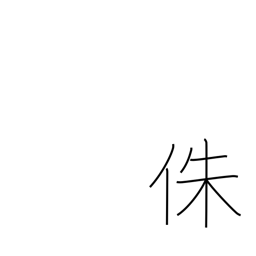
Meaning: supporting post